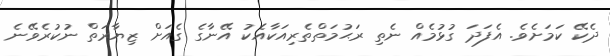
ދެކޭ ކަމަށެވެ. އެފަދަ ގުޅުމެއް ނެތި ރަޙުމަތްތެރިއަކާއެކު އޭނާގެ ގެއަށް ޒިޔާރަތް ނުކުރެވޭނެ